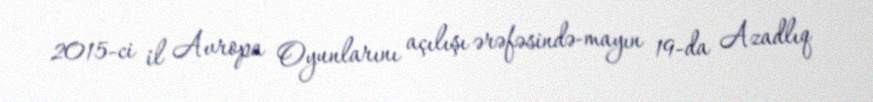
2015-ci il Avropa Oyunlarını açılışı ərəfəsində-mayın 19-da Azadlıq